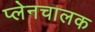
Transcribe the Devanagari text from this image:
प्लेनचालक